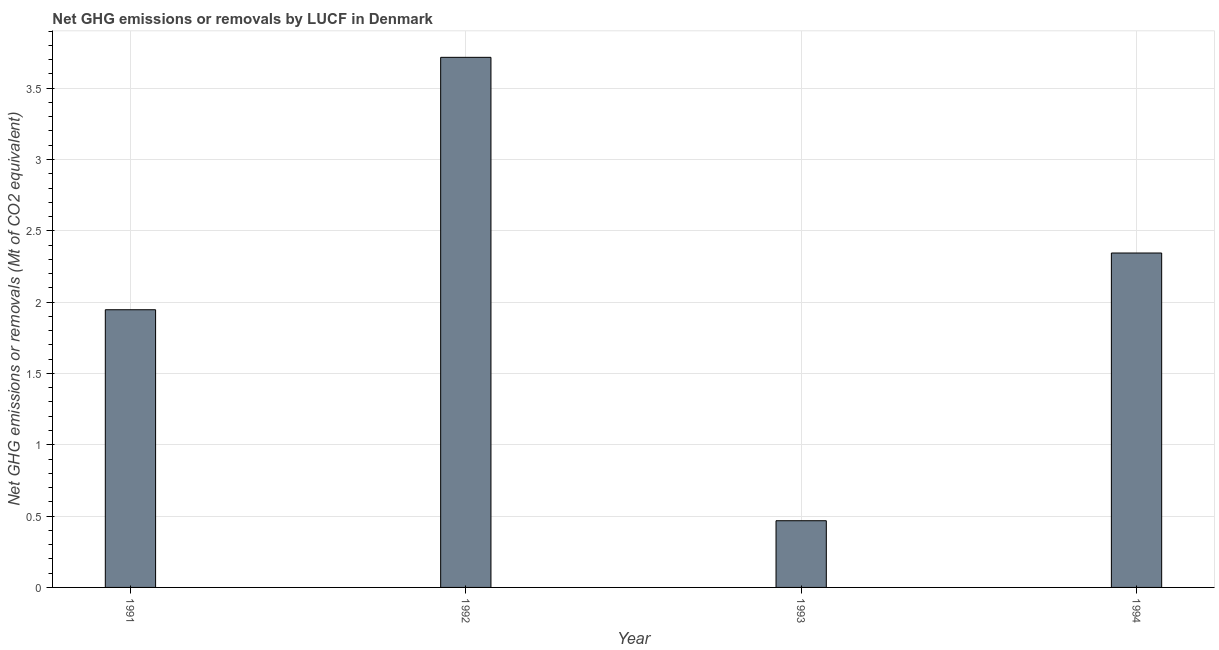
| Year | GHG net emissions or removals |
 | --- | --- |
 | 1991 | 1.95 |
 | 1992 | 3.72 |
 | 1993 | 0.468 |
 | 1994 | 2.34 |